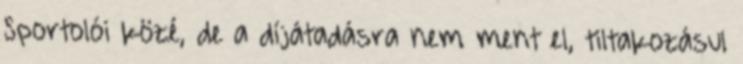
Sportolói közé, de a díjátadásra nem ment el, tiltakozásul